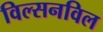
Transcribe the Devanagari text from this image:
विल्सनविल